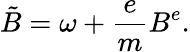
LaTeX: \tilde{B}=\omega+\frac{e}{m}B^{e}.